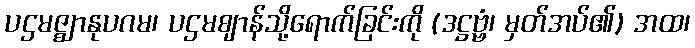
ပဌမဇ္ဈာနုပဂမ၊ ပဌမဈာန်သို့ရောက်ခြင်းကို (ဒဋ္ဌဗ္ဗံ၊ မှတ်အပ်၏) အထ၊